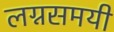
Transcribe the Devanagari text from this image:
लग्नसमयी